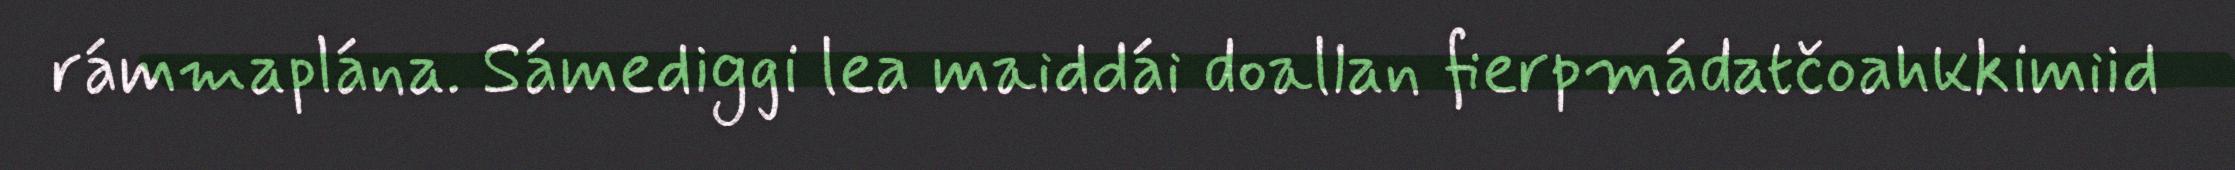
rámmaplána. Sámediggi lea maiddái doallan fierpmádatčoahkkimiid